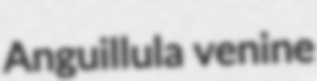
Anguillula venine